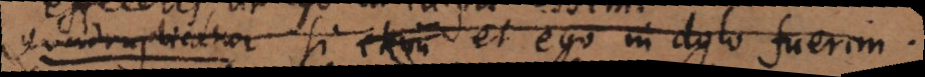
Quadruplicatur si – et ego in dolo fuerim.